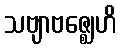
သဗျာဗဇ္ဈေဟိ